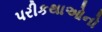
પરીકથાઓનો